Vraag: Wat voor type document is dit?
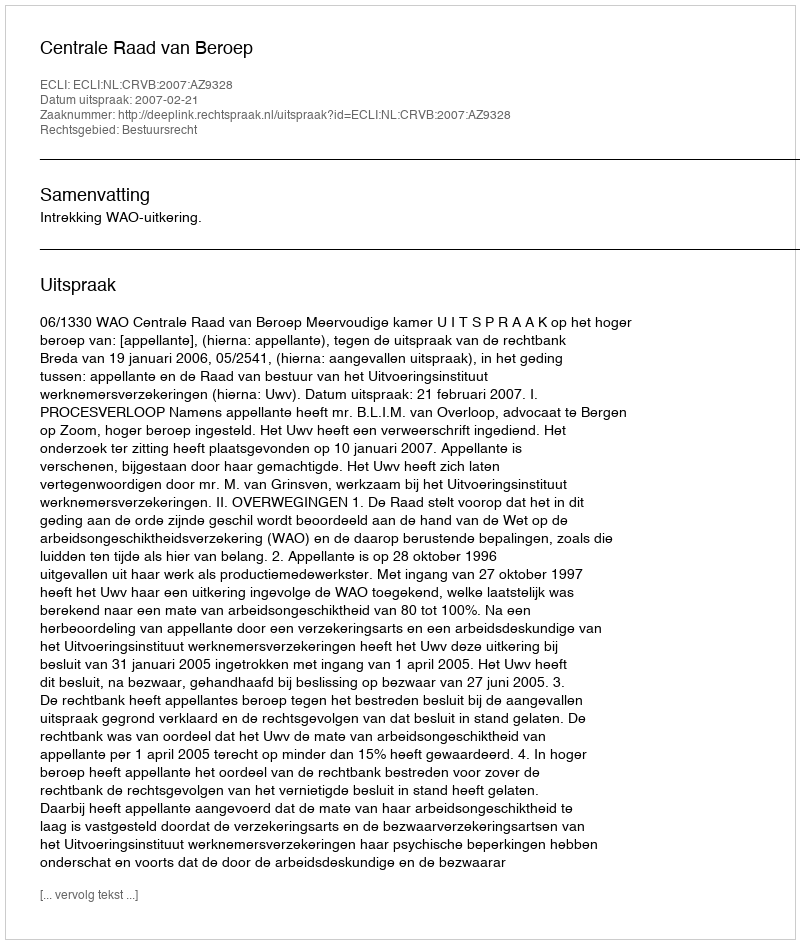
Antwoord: Uitspraak